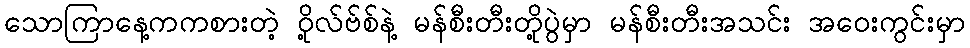
သောကြာနေ့ကကစားတဲ့ ဝို့လ်ဗ်စ်နဲ့ မန်စီးတီးတို့ပွဲမှာ မန်စီးတီးအသင်း အဝေးကွင်းမှာ